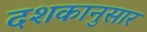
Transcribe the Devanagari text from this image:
दशकानुसार